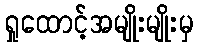
ရှုထောင့်အမျိုးမျိုးမှ